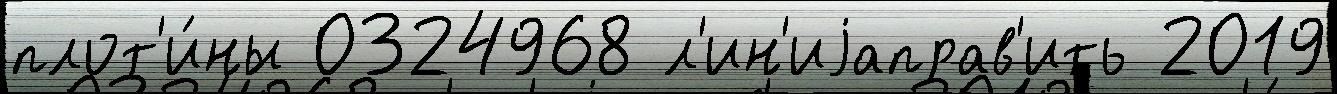
плот'и́ны 0324968 л'ин'иjаправ'ить 2019